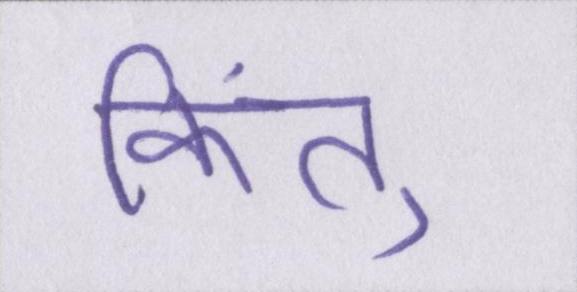
किंतु